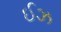
ઈઝ